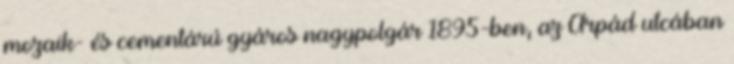
mozaik- és cementárú gyáros nagypolgár 1895-ben, az Árpád utcában